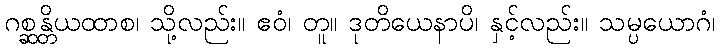
ဂစ္ဆန္တိယထာစ၊ သို့လည်း။ ဧဝံ၊ တူ။ ဒုတိယေနာပိ၊ နှင့်လည်း။ သမ္ပယောဂံ၊